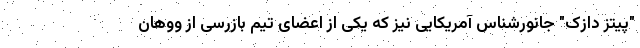
"پیتز دازک" جانورشناس آمریکایی نیز که یکی از اعضای تیم بازرسی از ووهان